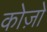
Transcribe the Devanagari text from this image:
कोज़ो